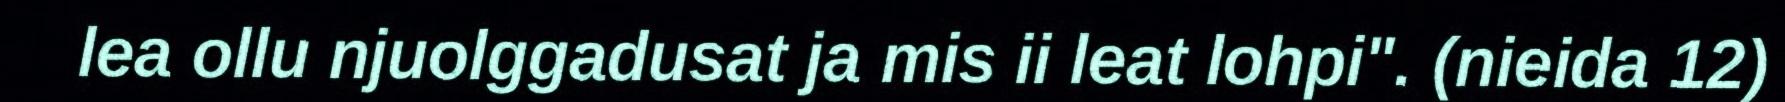
lea ollu njuolggadusat ja mis ii leat lohpi". (nieida 12)